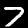
Label: 7